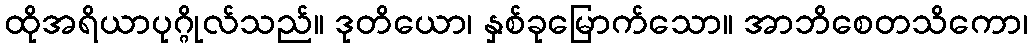
ထိုအရိယာပုဂ္ဂိုလ်သည်။ ဒုတိယော၊ နှစ်ခုမြောက်သော။ အာဘိစေတသိကော၊